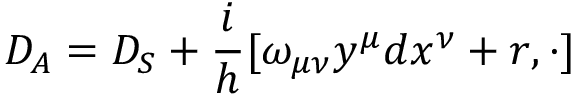
{ \cal { D } } _ { A } = { \cal { D } } _ { S } + \frac { i } { h } [ \omega _ { \mu \nu } y ^ { \mu } d x ^ { \nu } + r , \cdot ]